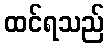
ထင်ရသည်